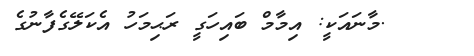
.މާނައަކީ: އިމާމް ބައިހަގީ ރަޙިމަހު އެކަލޭގެފާނުގެ